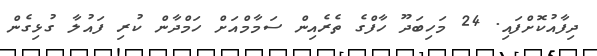
ދިފާއުކޮށްފައި. 24 މަހިބަދޫ ހާފްގެ ތެރެއިން ސަމާމްއަށް ހަމްދާން ކުރި ފައުލާ ގުޅިގެން